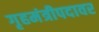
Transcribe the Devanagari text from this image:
गृहमंत्रीपदावर